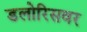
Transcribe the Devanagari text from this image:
डलोरिसवर